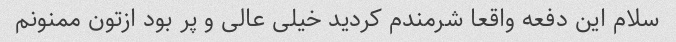
سلام این دفعه واقعا شرمندم کردید خیلی عالی و پر بود ازتون ممنونم